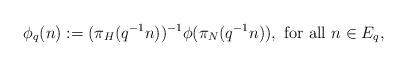
LaTeX: \begin{align*}\phi_q (n):= (\pi_H (q^{-1}n))^{-1} \phi( \pi_N (q^{-1}n)), \mbox{ for all } n \in E_q,\end{align*}